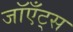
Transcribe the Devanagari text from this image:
जॉएँट्स